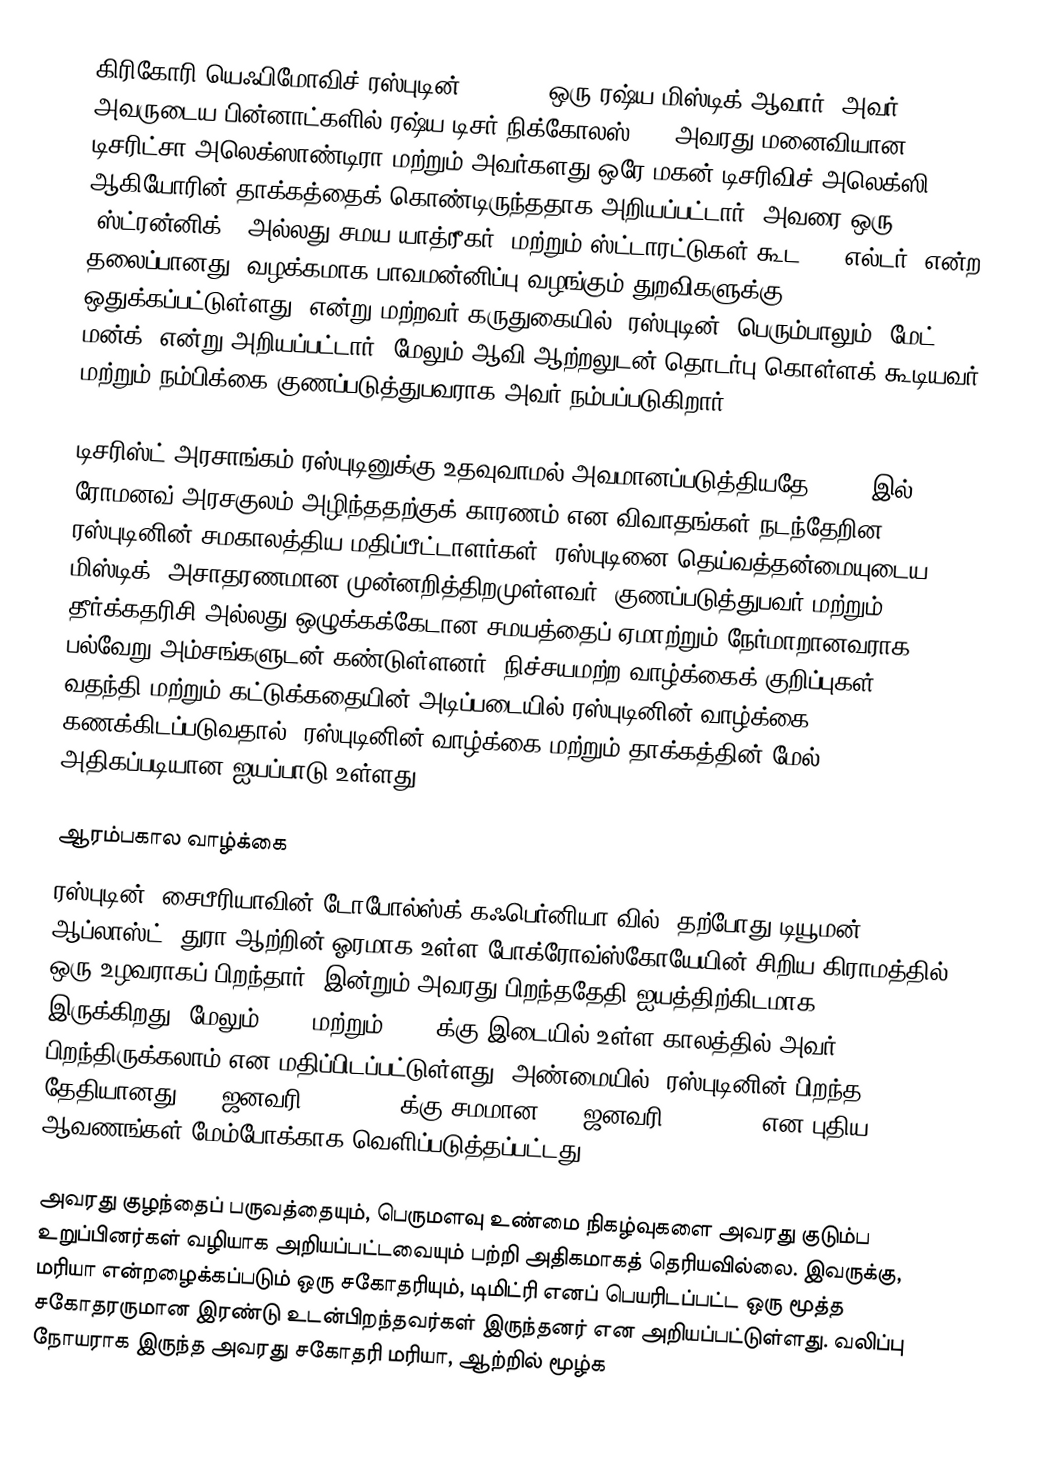
கிரிகோரி யெஃபிமோவிச் ரஸ்புடின்( ) ( – ) ஒரு ரஷ்ய மிஸ்டிக் ஆவார், அவர் அவருடைய பின்னாட்களில் ரஷ்ய டிசர் நிக்கோலஸ் II, அவரது மனைவியான டிசரிட்சா அலெக்ஸாண்டிரா மற்றும் அவர்களது ஒரே மகன் டிசரிவிச் அலெக்ஸி ஆகியோரின் தாக்கத்தைக் கொண்டிருந்ததாக அறியப்பட்டார். அவரை ஒரு "ஸ்ட்ரன்னிக்" (அல்லது சமய யாத்ரீகர்) மற்றும் ஸ்ட்டாரட்டுகள் கூட (, "எல்டர்" என்ற தலைப்பானது, வழக்கமாக பாவமன்னிப்பு வழங்கும் துறவிகளுக்கு ஒதுக்கப்பட்டுள்ளது) என்று மற்றவர் கருதுகையில், ரஸ்புடின், பெரும்பாலும் "மேட் மன்க்" என்று அறியப்பட்டார், மேலும் ஆவி ஆற்றலுடன் தொடர்பு கொள்ளக் கூடியவர் மற்றும் நம்பிக்கை குணப்படுத்துபவராக அவர் நம்பப்படுகிறார்.

டிசரிஸ்ட் அரசாங்கம் ரஸ்புடினுக்கு உதவுவாமல் அவமானப்படுத்தியதே, 1917 இல் ரோமனவ் அரசகுலம் அழிந்ததற்குக் காரணம் என விவாதங்கள் நடந்தேறின. ரஸ்புடினின் சமகாலத்திய மதிப்பீட்டாளர்கள், ரஸ்புடினை தெய்வத்தன்மையுடைய மிஸ்டிக், அசாதரணமான முன்னறித்திறமுள்ளவர், குணப்படுத்துபவர் மற்றும் தீர்க்கதரிசி அல்லது ஒழுக்கக்கேடான சமயத்தைப் ஏமாற்றும் நேர்மாறானவராக, பல்வேறு அம்சங்களுடன் கண்டுள்ளனர். நிச்சயமற்ற வாழ்க்கைக் குறிப்புகள், வதந்தி மற்றும் கட்டுக்கதையின் அடிப்படையில் ரஸ்புடினின் வாழ்க்கை கணக்கிடப்படுவதால், ரஸ்புடினின் வாழ்க்கை மற்றும் தாக்கத்தின் மேல் அதிகப்படியான ஐயப்பாடு உள்ளது.

ஆரம்பகால வாழ்க்கை
ரஸ்புடின், சைபீரியாவின் டோபோல்ஸ்க் கஃபெர்னியா வில் (தற்போது டியூமன் ஆப்லாஸ்ட்) துரா ஆற்றின் ஓரமாக உள்ள போக்ரோவ்ஸ்கோயேயின் சிறிய கிராமத்தில் ஒரு உழவராகப் பிறந்தார். இன்றும் அவரது பிறந்ததேதி ஐயத்திற்கிடமாக இருக்கிறது, மேலும் 1863 மற்றும் 1873 க்கு இடையில் உள்ள காலத்தில் அவர் பிறந்திருக்கலாம் என மதிப்பிடப்பட்டுள்ளது. அண்மையில், ரஸ்புடினின் பிறந்த தேதியானது (22 ஜனவரி 1869 N.S. க்கு சமமான) 10 ஜனவரி 1869 O.S. என புதிய ஆவணங்கள் மேம்போக்காக வெளிப்படுத்தப்பட்டது.

அவரது குழந்தைப் பருவத்தையும், பெருமளவு உண்மை நிகழ்வுகளை அவரது குடும்ப உறுப்பினர்கள் வழியாக அறியப்பட்டவையும் பற்றி அதிகமாகத் தெரியவில்லை. இவருக்கு, மரியா என்றழைக்கப்படும் ஒரு சகோதரியும், டிமிட்ரி எனப் பெயரிடப்பட்ட ஒரு மூத்த சகோதரருமான இரண்டு உடன்பிறந்தவர்கள் இருந்தனர் என அறியப்பட்டுள்ளது. வலிப்பு நோயராக இருந்த அவரது சகோதரி மரியா, ஆற்றில் மூழ்க